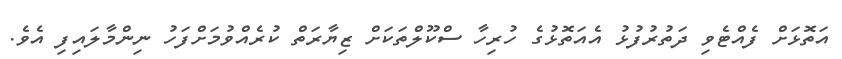
އަތޮޅަށް ފެއްޓެވި ދަތުރުފުޅު އެއަތޮޅުގެ ހުރިހާ ސްކޫލްތަކަށް ޒިޔާރަތް ކުރެއްވުމަށްފަހު ނިންމާލައިފި އެވެ.